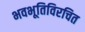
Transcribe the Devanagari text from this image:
भवभूतिविरचित